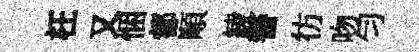
枉又悃都順綾警彷吻匀